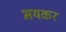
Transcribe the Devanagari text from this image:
भयकर